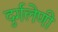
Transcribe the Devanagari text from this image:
दुर्गलेणी